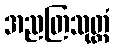
အညတြသုတ္တံ